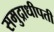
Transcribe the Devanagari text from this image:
समुद्राधीपती